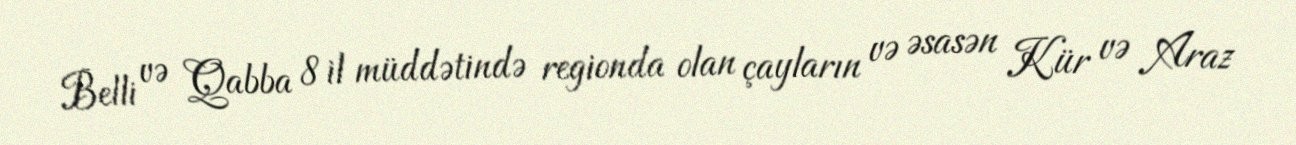
Belli və Qabba 8 il müddətində regionda olan çayların və əsasən Kür və Araz